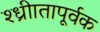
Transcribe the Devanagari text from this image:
श्ध्रीातापूर्वक